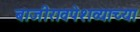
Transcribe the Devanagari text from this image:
बाजीरावपेशव्याच्या